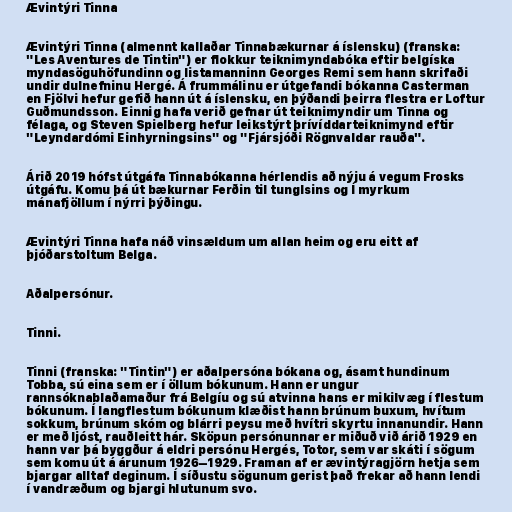
Ævintýri Tinna

Ævintýri Tinna (almennt kallaðar Tinnabækurnar á íslensku) (franska:
"Les Aventures de Tintin") er flokkur teiknimyndabóka eftir belgíska
myndasöguhöfundinn og listamanninn Georges Remi sem hann skrifaði
undir dulnefninu Hergé. Á frummálinu er útgefandi bókanna Casterman
en Fjölvi hefur gefið hann út á íslensku, en þýðandi þeirra flestra er Loftur
Guðmundsson. Einnig hafa verið gefnar út teiknimyndir um Tinna og
félaga, og Steven Spielberg hefur leikstýrt þrívíddarteiknimynd eftir
"Leyndardómi Einhyrningsins" og "Fjársjóði Rögnvaldar rauða".

Árið 2019 hófst útgáfa Tinnabókanna hérlendis að nýju á vegum Frosks
útgáfu. Komu þá út bækurnar Ferðin til tunglsins og Í myrkum
mánafjöllum í nýrri þýðingu.

Ævintýri Tinna hafa náð vinsældum um allan heim og eru eitt af
þjóðarstoltum Belga.

Aðalpersónur.

Tinni.

Tinni (franska: "Tintin") er aðalpersóna bókana og, ásamt hundinum
Tobba, sú eina sem er í öllum bókunum. Hann er ungur
rannsóknablaðamaður frá Belgíu og sú atvinna hans er mikilvæg í flestum
bókunum. Í langflestum bókunum klæðist hann brúnum buxum, hvítum
sokkum, brúnum skóm og blárri peysu með hvítri skyrtu innanundir. Hann
er með ljóst, rauðleitt hár. Sköpun persónunnar er miðuð við árið 1929 en
hann var þá byggður á eldri persónu Hergés, Totor, sem var skáti í sögum
sem komu út á árunum 1926–1929. Framan af er ævintýragjörn hetja sem
bjargar alltaf deginum. Í síðustu sögunum gerist það frekar að hann lendi
í vandræðum og bjargi hlutunum svo.